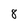
Character: 8